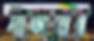
সাজহার